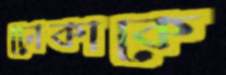
ঢোকাকে